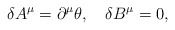
\begin{align*}\delta A^\mu=\partial^\mu\theta,\quad\delta B^\mu=0,\end{align*}